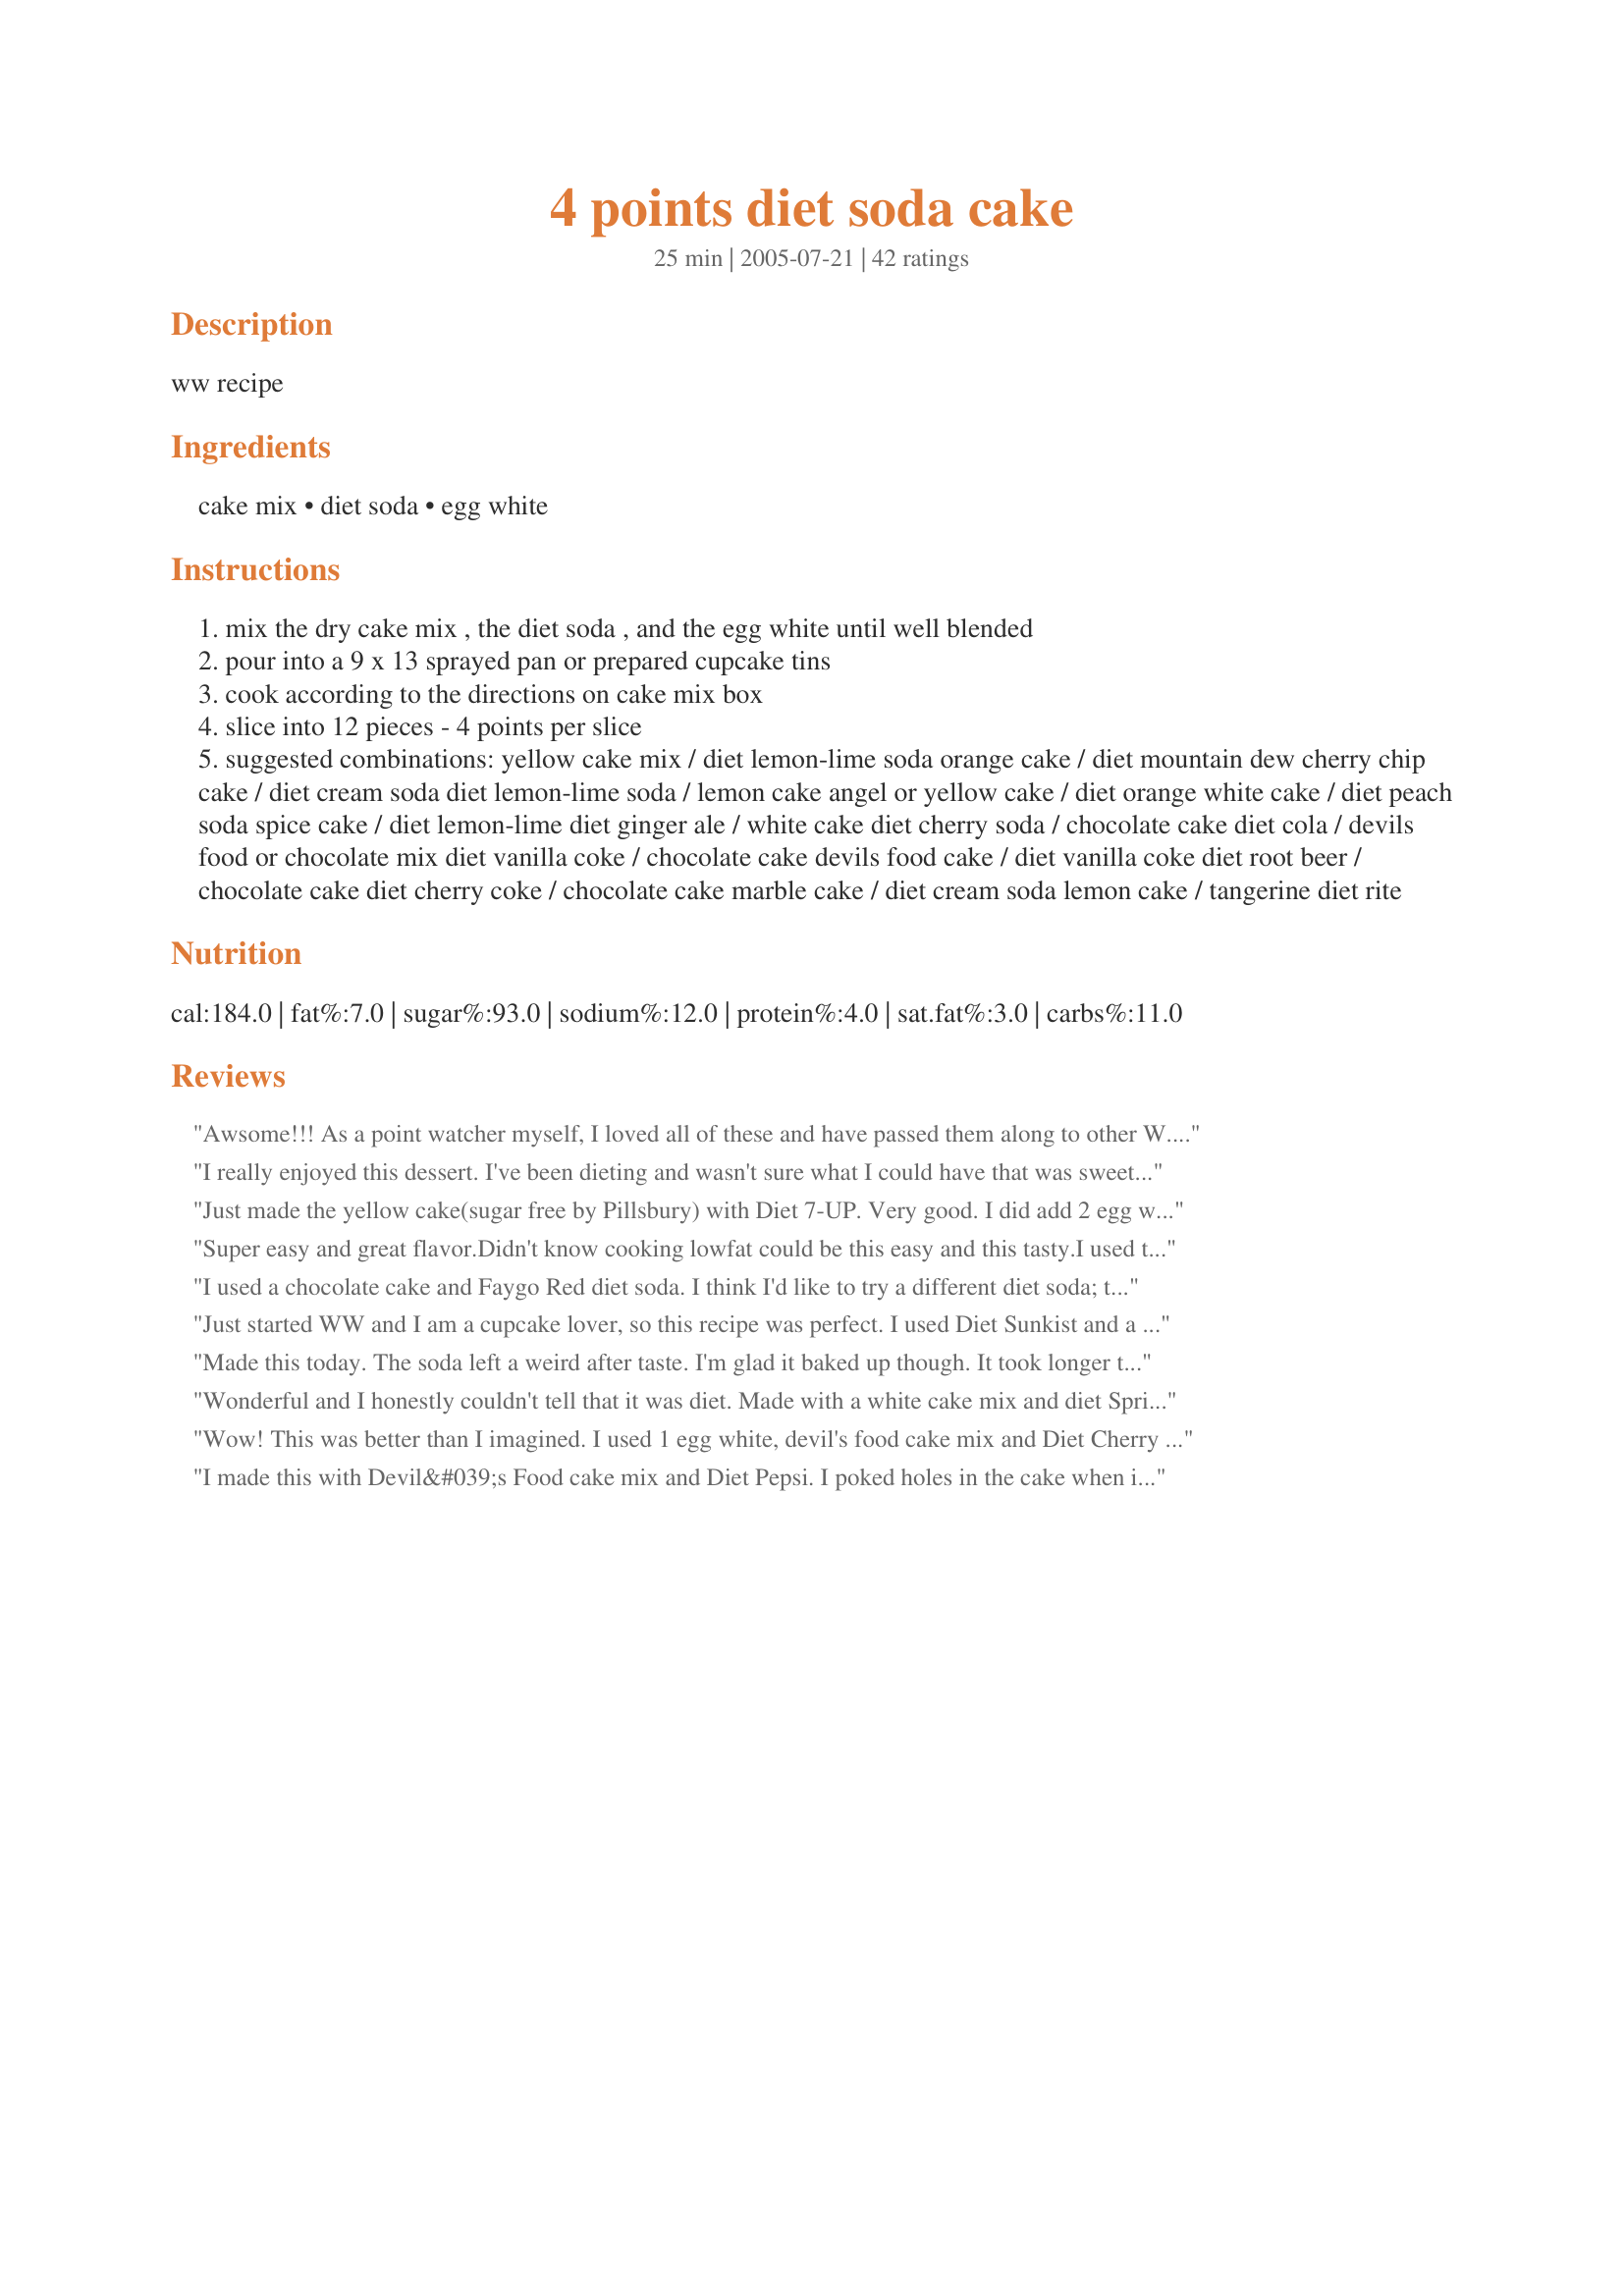
4 points diet soda cake
Preparation time: 25 minutes

ww recipe

Ingredients:
cake mix, diet soda, egg white

Steps:
mix the dry cake mix , the diet soda , and the egg white until well blended
pour into a 9 x 13 sprayed pan or prepared cupcake tins
cook according to the directions on cake mix box
slice into 12 pieces - 4 points per slice
suggested combinations: yellow cake mix / diet lemon-lime soda orange cake / diet mountain dew cherry chip cake / diet cream soda diet lemon-lime soda / lemon cake angel or yellow cake / diet orange white cake / diet peach soda spice cake / diet lemon-lime diet ginger ale / white cake diet cherry soda / chocolate cake diet cola / devils food or chocolate mix diet vanilla coke / chocolate cake devils food cake / diet vanilla coke diet root beer / chocolate cake diet cherry coke / chocolate cake marble cake / diet cream soda lemon cake / tangerine diet rite

Reviews:
Awsome!!! As a point watcher myself, I loved all of these and have passed them along to other W.W.
Thanks :)
I really enjoyed this dessert. I've been dieting and wasn't sure what I could have that was sweet. Great for those lovers of sweets.
Just made the yellow cake(sugar free by Pillsbury) with Diet 7-UP. Very good. I did add 2 egg whites. Baked it according to box directions. Turned out wonderful. My husband couldn't even tell it was "diet". Topped with light cool whip.
Super easy and great flavor.Didn't know cooking lowfat could be this easy and this tasty.I used two egg whites and diet coke.The cake came out pretty moist and well put together.
I used a chocolate cake and Faygo Red diet soda. I think I'd like to try a different diet soda; this leaves a very distinct aftertaste. Probably a diet Dr. Pepper (like the cherry/vanilla!) would be better. I'll continue to experiment with this one.
Just started WW and I am a cupcake lover, so this recipe was perfect. I used Diet Sunkist and a white cake mix. I whisked 3TB egg whites first and added 1 TB unsweetened applesauce and then the cake mix and pop. Made sure to mix it well. Came out moist as can be and rose just fine. Made 24 cupcakes and we have been adding some fat free Reddi-Whip on top as we eat them.
Made this today. The soda left a weird after taste. I'm glad it baked up though. It took longer than usual. I added two egg whites. The result was super crumbly and not very good.
Wonderful and I honestly couldn't tell that it was diet. Made with a white cake mix and diet Sprite and I was surprised that there was no lemon-lime taste. I'm planning to make it again as a poke cake for another birthday soon. Thanks!
Wow! This was better than I imagined. I used 1 egg white, devil's food cake mix and Diet Cherry Dr. Pepper. I made 24 cupcakes and was very careful not to over bake them. I had two different types of pans and one only took 16 minutes til done. I had some frosting mix which I melted in the microwave for a few seconds and used it as a glaze. It only took about 1/4 cup and I figured it added about 10 calories, 1.8 carbs and .4 grams of fat to each one. These turned out moist, tender and delicious with a very slight hint of cherry flavor. I didn't miss the added fat from the eggs and oil one bit. Thanks for the great recipe.
I made this with Devil&#039;s Food cake mix and Diet Pepsi. I poked holes in the cake when it came out of the oven. I had a little bit of sugar free caramel sauce and half a can of fat free sweetened condensed milk. I mixed them together and poured it over the top of the warm cake. When cooled, I top it off with fat free cool whip!
This is great as a diet cake. If you want something super rich, not your thing. I used Devils food cake and Diet Dr Pepper. I did use 2 egg whites and beat them really well. My cake turned out moist and fluffy. I also added left over pineapple chunks and sprinkled powdered sugar on top when it was done.
I made a vanilla cake mix (no eggs) with Dr. Pepper (none of the diet crap for me!). I put it in the MICROWAVE for 9 minutes, turned out moist & delicious!
This was really good. I used a chocolate cake mix, and a can of Diet Caffeine Free Dr. Pepper. I skipped the egg all together, and it turned out fine. I topped with FF coolwhip. Thanks for a great recipe, I plan to make this next time with a yellow box mix and diet lime soda.
Based on all the reviews, I was expecting the same tasting cake as a normally made one - that was my error. It is a good cake for a diet, don't get me wrong - but it was a bit dry and I made sure to check it early so it wouldn't be over baked. Like I said - it is a good cake, just not quite what I anticipated. I used devils food cake with Diet Dr. Pepper. Thanks for posting - now at least I can diet and still have chocolate cake for half the calories as normal! Made for the I Recommend Tag game.
We added 3 egg whites and coke zero and it turned out great...only problem, I want more than one piece :). Very good. I have made it without the egg whites but it was flat like a brownie...so tried this...much better.
Very Very Good.
it was soo moist, i was very supprized. everyone i told about this recipe thought i was crazy.
i used spice cake with a sprite (i didnt have any diet) Yummy!

I also heard that you can replace oil with apple sauce in cakes.
For only using 1 egg, 11 oz of diet cherry 7up and 1/2 tsp of baking soda plus yellow cake mix- this cake was extremely tasty AND moist, but you have to be very delicate when handling it as it can fall apart on you quite easily, since it is just barely being held together... I sprayed original pam on 2 9" round nonstick cake pans-baked at 325 degrees for 35 minutes and they came out perfectly done...Had a little bit of trouble taking them out of the pan once they cooled for over 15 minutes, but with extra care and handling got them to come out well... This cake had a subtle,pleasant flavor due to the diet cherry 7 up - we really enjoyed it! I would definitely make this cake again and recommend you do too!
Oh my goodness, it doesn&#039;t get any easier then this. I made this for dessert and my family loved it. I used cherry chip cake / diet cream soda. Wow, was it yummy. Thank you for sharing with us, we can&#039;t wait to try other combos.
This was so good as a diet cake. It stayed very moist. I used 1 egg white and no frosting. Going into the keeper file. Thanks.
Loved it! Nice and moist. I did use egg white as suggested. My combo was strawberry cake with Sprite Zero. Then topped with FF Cool Whip and sprinkled with chopped chocolate chips. Way better than any store bought cake, so this will be made many times, whether I'm dieting or not!
The soda adds only a subtle flavor to the cake, but it does work well! Nice and moist. I filled each cupcake with sugar-free, fat-free instant pudding through a pastry bag... delicious.
Really good, added one egg white and they came out very light and stayed together well. Devils Chocolate Cake and Coke Zero yummm... kinda undid the low calorie part when i added chocolate icing and kit kat pieces to some and toblerone pieces to others =P soooo goood !
2 egg whites is a great edition to stabilize the cake
I feel it would fall apart even more easily without them./
I tried zero coke with chocolate and the taste was great
So good! I used 2 T. natural applesauce, 1/2 tsp baking powder, 1 egg white per suggestions. I made a chocolate cake w/diet dr. pepper. I love the flavor and the texture. Then I made cheesecake pudding w/1 c. of skim milk and folded in a container of sugar-free ff cool whip to use as frosting. Awesome!
I have been making this cake for some time now. The possibilities are abundant. Lastnight I made Strawberry w/ diet cream soda. I always add about 2 T of unsweetened applesauce for a little "oil", 1/2 tsp baking powder, and 1 egg white.
A good frosting is 1 tub of ff Cool whip mixed with 1 pack SF FF instant pudding mix of your choice.
This is definately a recipe that you can use you imagination with.
How wonderfull! Now I can have my cake and eat it too! I'm not on WW, but I am losing weight, so this is just great! I used a chocolate cake mix and diet cola. It turned out great. What I did was made the cake, let it cool, then I put Sugar Free Fat Free Chocolate pudding on top, then I topped that with Fat Free Cool Whip. It tastes just like a cake that my monster I mean mother-in-law makes, but mine is actually okay to eat! LOL. Thank you so much for the great idea!!!
How ridiculously easy is this?? I don't do WW, but I eat very healthy and always alter my recipes to be lower in calories in fat. I never would have imagined you could add diet soda to cake mix and come up with something so yummy! I used devil's food and diet Dr. Pepper. It came out awesome! I did add the egg whites, I think the texture would be off without them. I topped this with fat free whipped cream, a sprinkling of mini chocolate chips, and a few maraschino cherries and I was in heaven :-) This is the perfect low cal dessert, because you think you're eating something sinful! I can't wait to try other combinations, thanks!!! :-)
I make this at least weekly with dark choc. cake mix and diet Dr. Pepper! I make 2 point cupcakes instead of the 4 pt cake slices. Lately, I tried adding a "filling" to my cupcakes using 1 8 oz ff cream cheese bar, softened, and two egg whites, with 1/3 c. sugar and 1/2 t. vanilla. Beat all, and spoon into cupcacke tins after you have 1/3 filled with cake batter. Then, top with more cake batter to get 2/3 full. Bake as directed. DEEELISH!
I've been wanting to try this for awhile, and even with the good reviews here and elsewhere, I was still surprised at how good this was. I used a dark chocolate cake mix with diet cola, and one whole egg. I have heard that other versions of this cake sometimes have a soft consistency and strange texture, but this one was a perfectly moist, rises high, and tastes exactly like "normal" cake. I think the egg and the fact that you don't use the entire can of soda (some recipes say to put it all in) are what do it. Thank you so much!
Being diet, this recipe really has no right to be as good as it is! I've only tried it once so far as cupcakes, using chocolate cake mix and Vanilla Zero Coke, but I have an orange cake mix just waiting to be used next time. Thanks for the great idea - I now have a great way to get something sweet in the house without finding myself quickly placed in sugar overkill!
I was so surprised that this was good! My mom loveddd it. I used a vanilla cake mix with diet orange soda, and topped it with orange cream cheese icing. It looked pretty that way too...i cant wait to try different combinations of soda and cake now =D
This is so great. I felt like I was majorly cheating on my diet!! I used chocolate cake mix and diet cherry coke. Yummy!!!
Yum! I made the yellow cake with diet lemon-lime soda. Don't think it tasted like a twinkie with the cool whip, but it was tasty, and so few points for a piece of cake is a good thing!
Incredible! I never had such a delicious tasting low fat cake! I used a yellow cake mix with a vanilla flavored diet pepsi. I also added in 1/2 tsp of baking powder after reading some of the reviews that their cakes came out flat. But my cake was actually light and fluffy. I also ended up using 1 full egg instead of 1 egg white. Baked for 25 mins. in a glass baking pan. And just like everyone has said, the cake is very crumby (probably b/c there is no real fat for the cake to hold onto). But this cake still came out very moist and is very diet friendly. Next time I'll try making cupcakes.
Wow! I was so unsure about using soda, but trust the reviewers : it's delish and nobody can suspect the secret ingredient. My family ask me to do normal cupcakes, not a low-fat version, but at the last minute, I felt bad using so much oil, so this is the recipe I choose. No one in my family thought it was a low-fat version :p! I used 2 egg whites (but next time I'll use 1 because it was too fluffy), a Duncan Hines Swiss chocolate cake and Zero Coca-Cola. It rised a lot, so fill the muffins tins 1/2 full is enough. Baked it for 18 min approx. Next time I'm going to try making my own cake mix, with some splenda, and see how it goes. Thanks for such a wonderful recipe! Edit: I just made it with a white cake mix and Zero Spritz, there was no lemon-lime after taste :)
This was really good!! So versatile!! I had a chocolate cake mix and an odd diet soda...a caramel cream flavor (???) I am not a soda drinker it was something DH brought into the house - 1 little bottle he picked up because he likes to try new things - whatever, I thought it would work nicely in this recipe and it did. I cheated a bit by using 1 egg white and 1/4 cup of fabulous fresh chopped cherries. I was going for that chocolate sundae idea (?!) It came out moist and fluffy- every bit and bite what a chocolate cake should be. A great idea and FUN!! I look forward to playing with other flavor combos!!! - Thanks for this sharing Mariposa13.
Thank-you for this recipe. I used yellow mix and fresca. Then I let it cook and poked it with a fork and poured SF cherry jello over it and made a poke cake. Great. Little one helped to mix the cake and she loved it.
Oh my goodness this is GOOD! We used Diet Dr Pepper and Dark Chocolate Fudge cake mix...it tastes a LOT like the Wacky Cake my mom used to make. Dark and dense and yummy! There is no soda aftertaste whatsoever! I just used Cool Whip Free to top it, and although it was a little dry I think I over baked it a little, so I think that was my fault not the recipe's! Also when I redid the calorie information I came out with a LOT less than Zaar...so that's a huge plus! I will definitely be making this cake again and again...it is a keeper and I can't wait to try other combinations! Thank you so much for posting this yumtastic recipe!
I went to a Tupperware party and this was the cake that they made in one of the Heat n Serve containers. I didn't know you could make it in the oven too! I didn't use the egg whites either. Microwave directions are to spray container with non stick spray, mix cake and pour in container. Let it stand for 5 minutes. Put lid on container and microwave for 8 minutes. Allow to sit for 5 minutes and invert onto a serving plate. Great for a hot summer day when you are craving cake! Wish I had found this recipe first though. I wouldn't have bught another piece of Tupperware! Thanks for posting.
My son made this yesterday with diet root beer and yellow cake mix. This tasted good and was moist but the cake was flat. He used fat free butterscotch pudding for icing.
This was terrific. Great cake texture. Not overly moist but definitely not dry - just light. I used the two egg whites and beat them a bit before adding the cake mix. I also used a chocolate fudge cake mix with chocolate covered cherry Dr Pepper. I only got a slight after taste from the soda that was barely noticable. I will definitely make this one again.
Ok, I made this cake and added 6 TB of egg beaters which is equivalent to 2 eggs. I also added about 10oz of diet soda. I love the flavor but it was crumbly. I didn't use a mixer to combine. I just used a wooden spoon to stir until completely mixesd. Any suggestions as to why it wasn't firm. I will definitely make it again but would like to improve on the firmness. Made it in 13 x 9 brownie pan and sectioned off into 30 servings, topped each serving with 2 TB of thawed raspberries and 2 TB of lite cool whip. It was yummy.
